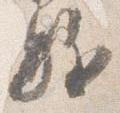
駈